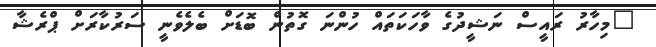
"މިހާރު ރައީސް ނަޝީދުގެ ވާހަކަތައް ހުންނަ ގޮތުން ބޮޑަށް ބެލެވެނީ ސަރުކާރަށް ޕްރެޝާ